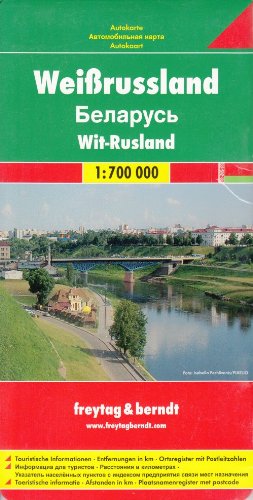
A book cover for Belarus Travel Map (English, Spanish, French, Italian and German Edition); Freytag Berndt; Travel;